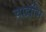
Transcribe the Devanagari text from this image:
चार्द्राभि